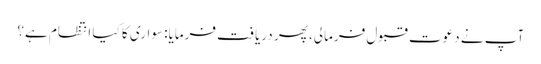
آپ نے دعوت قبول فرمالی، پھر دریافت فرمایا: سواری کا کیا انتظام ہے؟